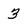
Character: 3